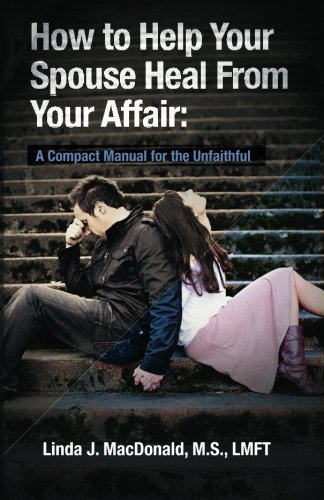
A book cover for How to Help Your Spouse Heal From Your Affair: A Compact Manual for the Unfaithful; Linda J. MacDonald; Parenting & Relationships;